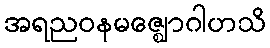
အရညဝနမဇ္ဈောဂါဟသိ